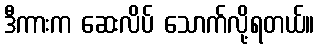
ဒီကားက ဆေးလိပ် သောက်လို့ရတယ်။